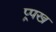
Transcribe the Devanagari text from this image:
प्र्पख